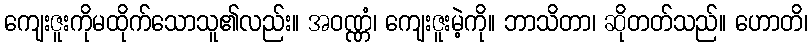
ကျေးဇူးကိုမထိုက်သောသူ၏လည်း။ အဝဏ္ဏံ၊ ကျေးဇူးမဲ့ကို။ ဘာသိတာ၊ ဆိုတတ်သည်။ ဟောတိ၊